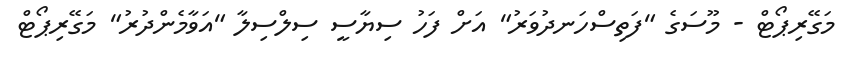
މަގޭރިޕޯޓް - މޫސަގެ "ފަތިސްހަނދުވަރު" އަށް ފަހު ސިޔާސީ ސިލްސިލާ "އަވާމެންދުރު" މަގޭރިޕޯޓް